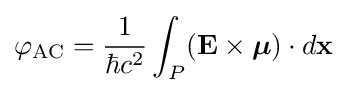
\varphi _{\rm {AC}}={\frac {1}{\hbar c^{2}}}\int _{P}(\mathbf {E} \times {\boldsymbol {\mu }})\cdot d\mathbf {x}